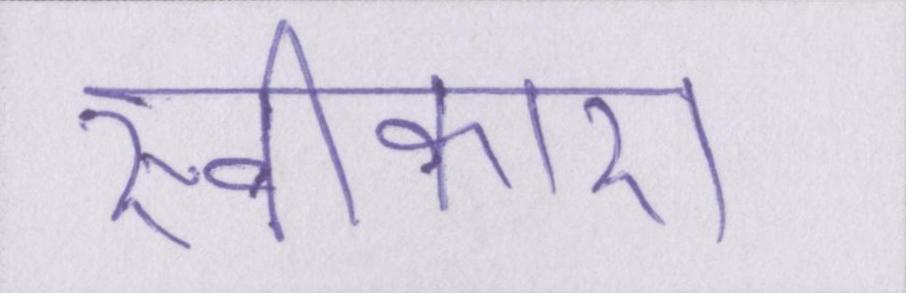
स्वीकारा